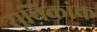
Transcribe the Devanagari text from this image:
सूचिकांक